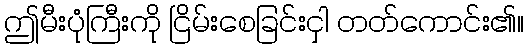
ဤမီးပုံကြီးကို ငြိမ်းစေခြင်းငှါ တတ်ကောင်း၏။